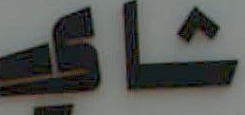
شاي